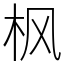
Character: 枫